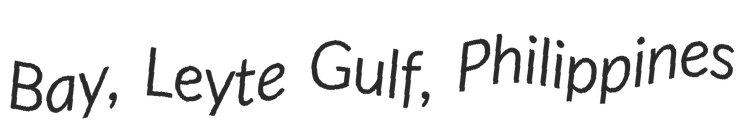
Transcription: Bay, Leyte Gulf, Philippines